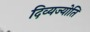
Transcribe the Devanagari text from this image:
दिव्यज्योति